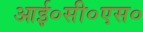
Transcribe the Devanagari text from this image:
आई०सी०एस०